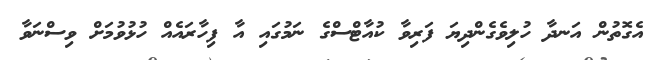
އެގޮތުން އަނދާ ހުލިވެގެންދިޔަ ފަރިވާ ކުއާޓްސްގެ ނަމުގައި އާ ފިހާރައެއް ހުޅުވުމަށް ވިސްނަވާ